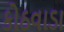
કોઠવાડા